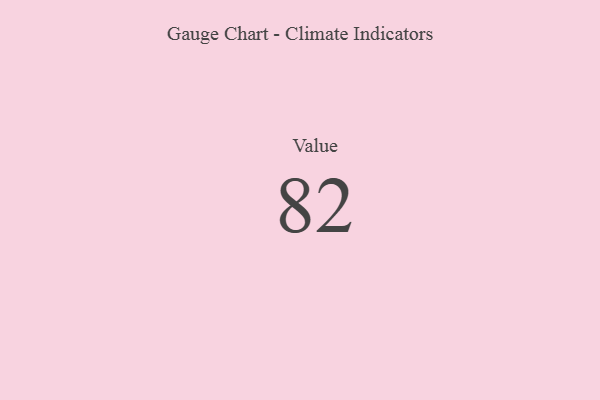
{"axis": {"x": "Metric", "y": "Value"}, "legend": [""], "data": [{"x": "Value", "y": 82, "type": ""}]}